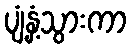
ပျံ့နှံ့သွားကာ